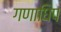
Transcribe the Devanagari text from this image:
गणाधिप